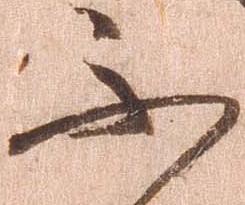
不